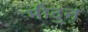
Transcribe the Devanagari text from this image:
मीठुन